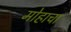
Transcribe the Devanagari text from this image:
मोहाचा